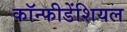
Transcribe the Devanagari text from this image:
कॉन्फीडेंशियल